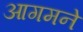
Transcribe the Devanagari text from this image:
आगमने